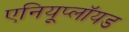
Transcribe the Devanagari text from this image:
एनियूप्लॉयड